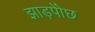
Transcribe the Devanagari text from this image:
झाड़पोेंछ